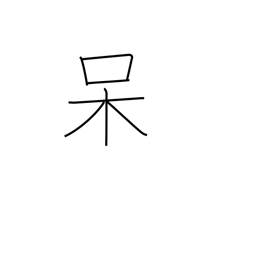
Meaning: shocked